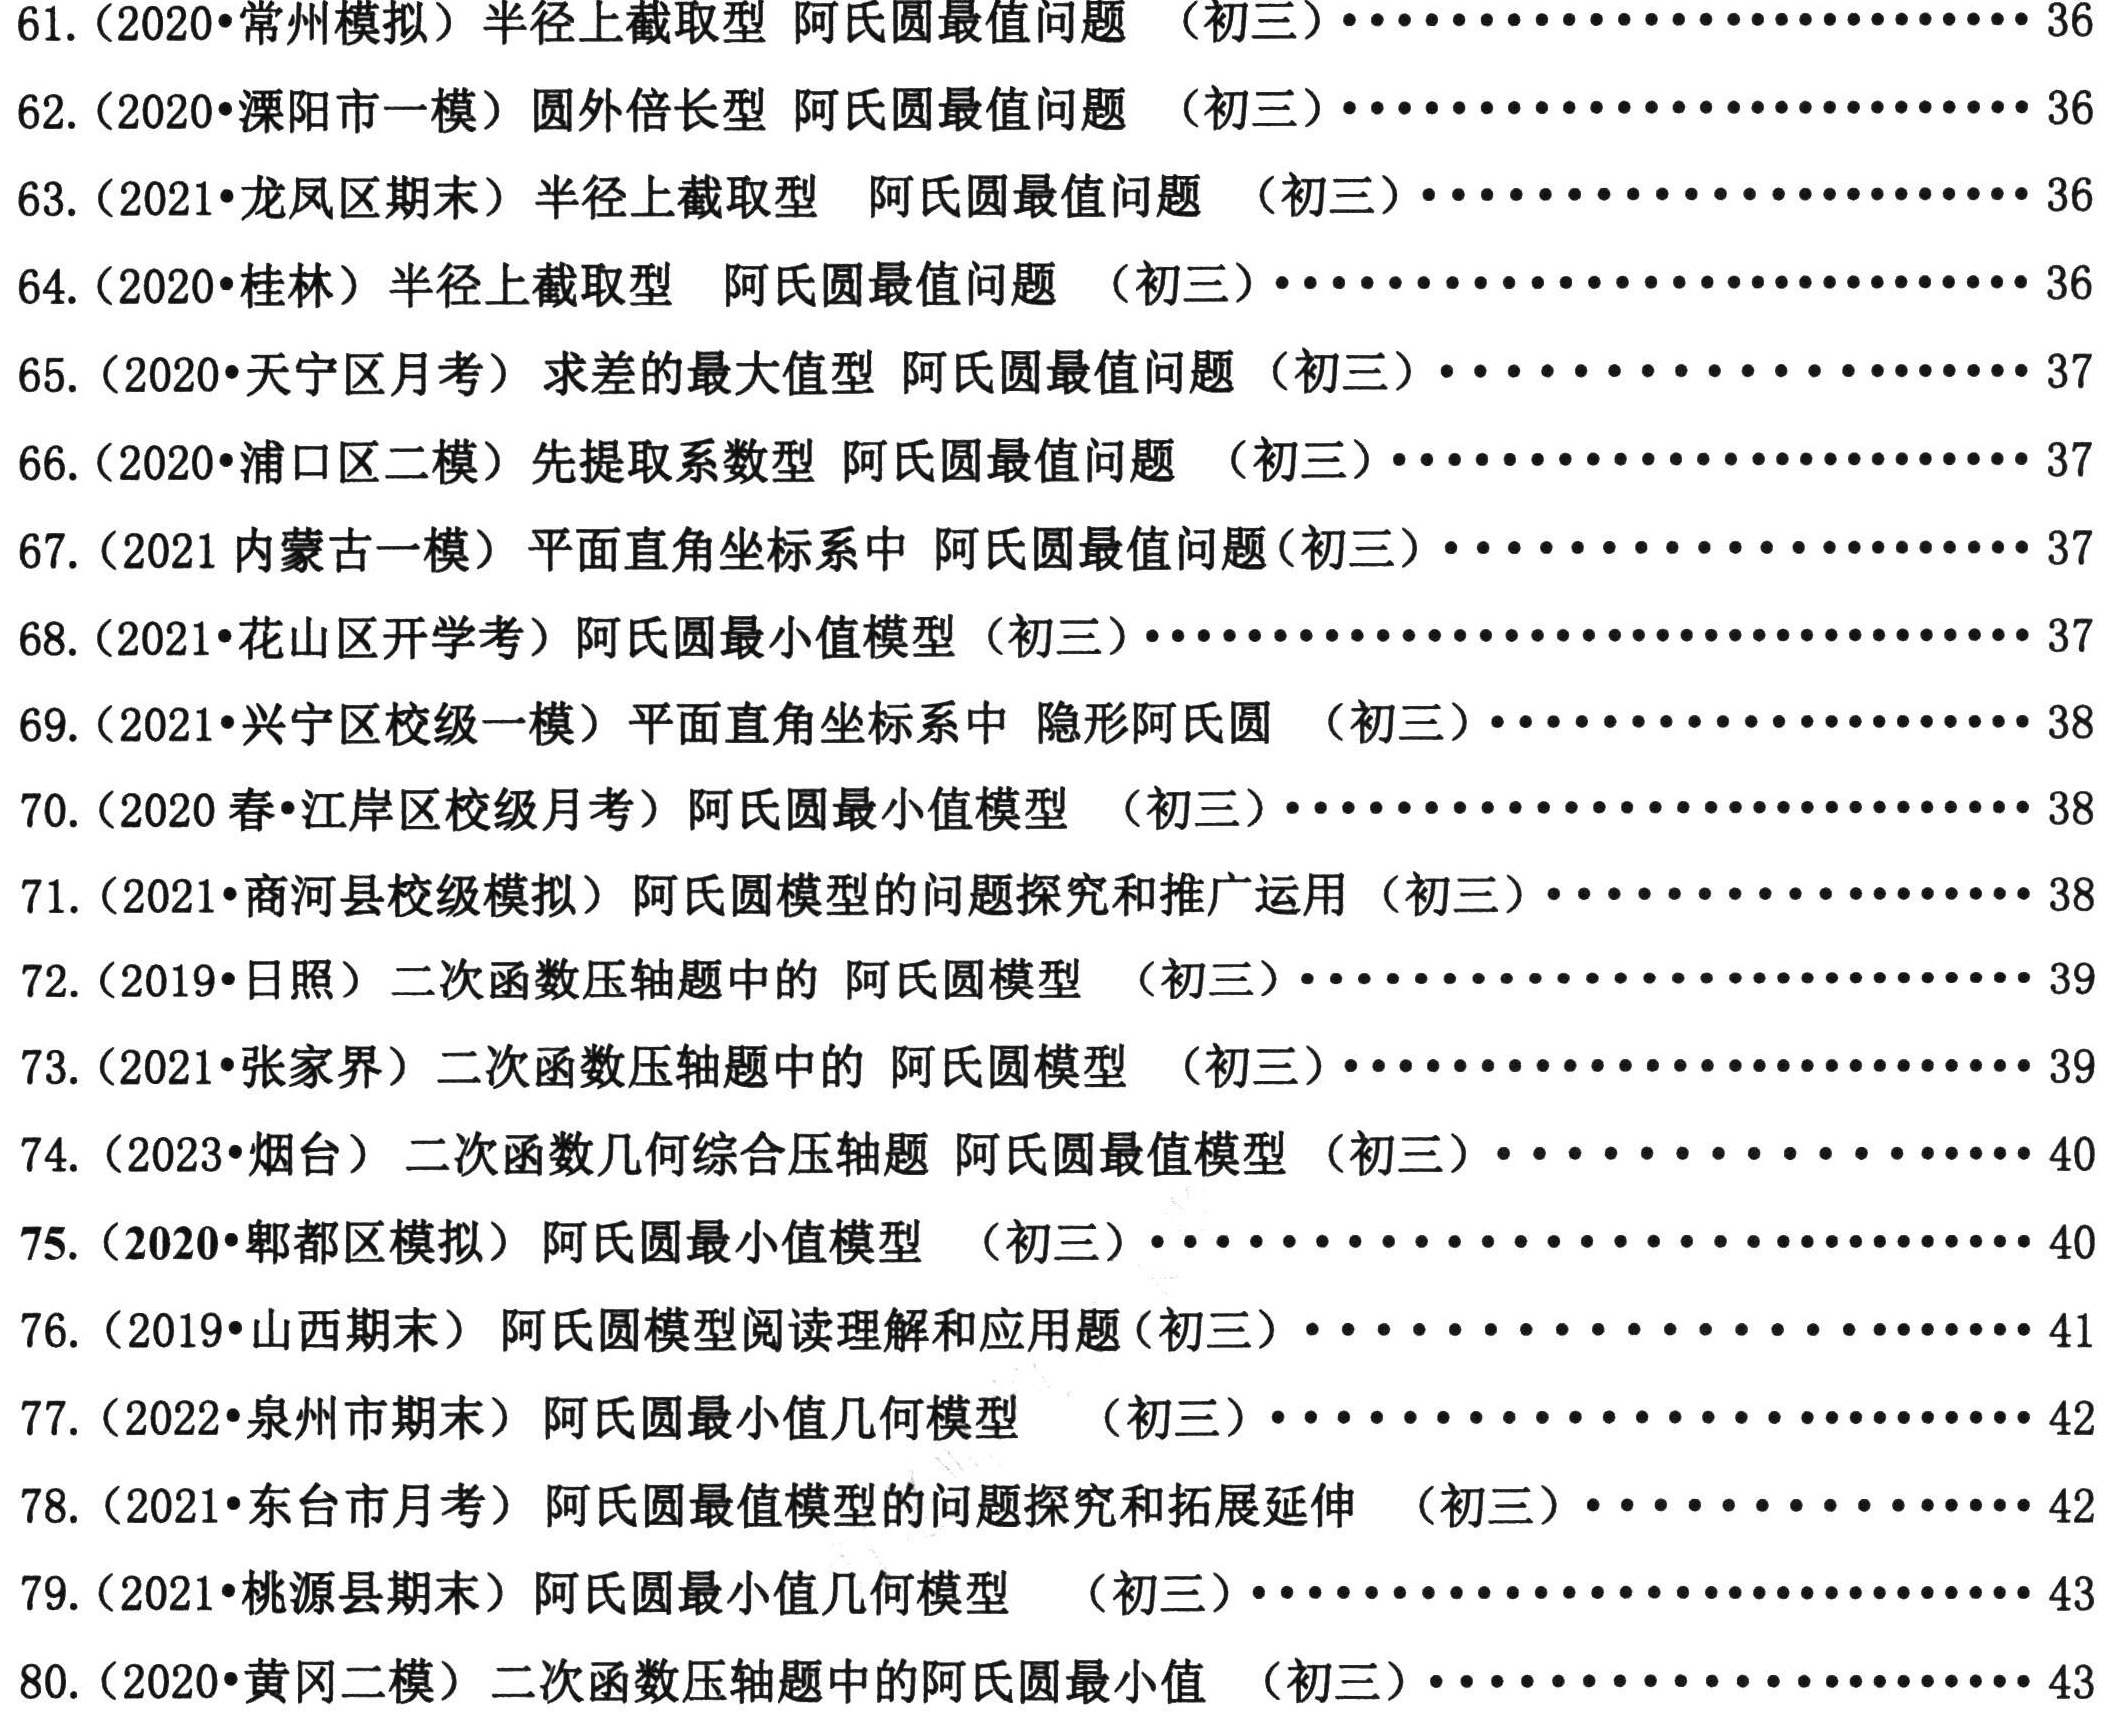
61. (2020•常州模拟) 半径上截取型 阿氏圆最值问题 （初三）........................ 36\\

62. (2020•溧阳市一模) 圆外倍长型 阿氏圆最值问题 （初三）........................ 36\\

63. (2021•龙凤区期末) 半径上截取型 阿氏圆最值问题 （初三）........................ 36\\

64. (2020•桂林) 半径上截取型 阿氏圆最值问题 （初三）........................ 36\\

65. (2020•天宁区月考) 求差的最大值型 阿氏圆最值问题 （初三）........................ 37\\

66. (2020•浦口区二模) 先提取系数型 阿氏圆最值问题 （初三）........................ 37\\

67. (2021 内蒙古一模) 平面直角坐标系中 阿氏圆最值问题(初三）........................ 37\\

68. (2021•花山区开学考) 阿氏圆最小值模型 （初三）........................ 37\\

69. (2021•兴宁区校级一模) 平面直角坐标系中 隐形阿氏圆 （初三）........................ 38\\

70. (2020 春•江岸区校级月考) 阿氏圆最小值模型 （初三）........................ 38\\

71. (2021•商河县校级模拟) 阿氏圆模型的问题探究和推广运用 （初三）........................ 38\\

72. (2019•日照) 二次函数压轴题中的 阿氏圆模型 （初三）........................ 39\\

73. (2021•张家界) 二次函数几何综合压轴题 阿氏圆最值模型 （初三）........................ 39\\

74. (2023•烟台) 二次函数几何综合压轴题 阿氏圆最值模型 （初三）........................ 40\\

75. (2020•郫都区模拟) 阿氏圆最小值模型 （初三）........................ 40\\

76. (2019•山西期末) 阿氏圆模型阅读理解和应用题（初三）........................ 41\\

77. (2022•泉州市期末) 阿氏圆最小值几何模型 （初三）........................ 42\\

78. (2021•东台市月考) 阿氏圆最值模型的问题探究和拓展延伸 （初三）........................ 42\\

79. (2021•桃源县期末) 阿氏圆最小值几何模型 （初三）........................ 43\\

80. (2020•黄冈二模) 二次函数压轴题中的阿氏圆最小值 （初三）........................ 43\\